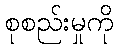
စုစည်းမှုကို